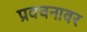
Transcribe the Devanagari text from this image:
प्रवचनावर